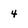
Character: 4